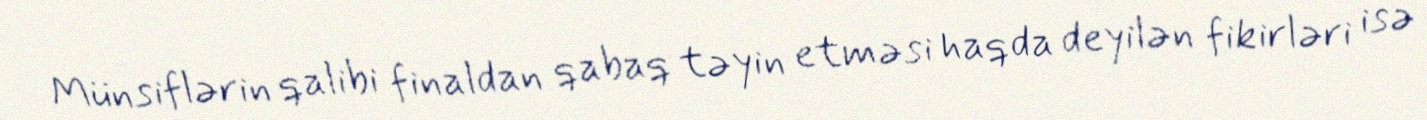
Münsiflərin qalibi finaldan qabaq təyin etməsi haqda deyilən fikirləri isə